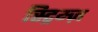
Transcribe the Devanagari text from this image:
स्ट्रिम्ज़